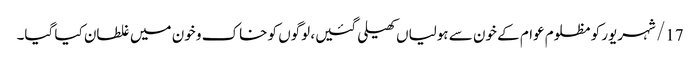
17/ شہریور کو مظلوم عوام کے خون سے ہولیاں کھیلی گئیں، لوگوں کو خاک و خون میں غلطان کیا گیا۔